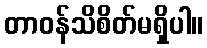
တာဝန်သိစိတ်မရှိပါ။